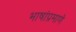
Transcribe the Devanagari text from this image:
भाषांप्रमाणे